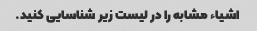
اشیاء مشابه را در لیست زیر شناسایی کنید.